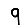
Digit: 9